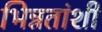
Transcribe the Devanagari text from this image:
भिन्नतांशी